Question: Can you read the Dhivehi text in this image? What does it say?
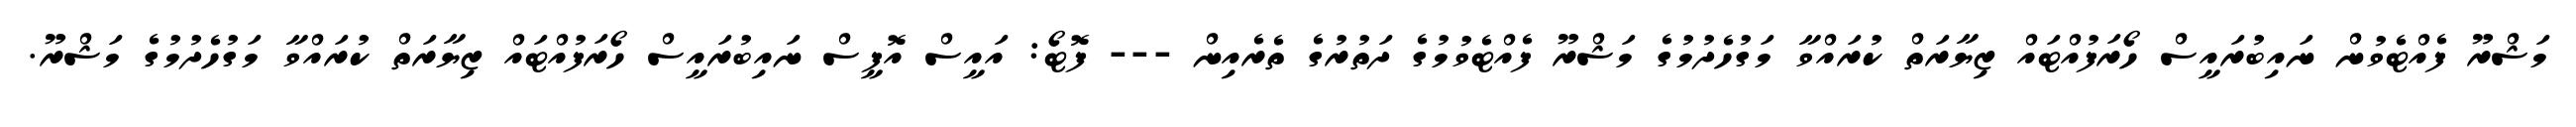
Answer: މަޝްރޫ ފެއްޓެވުން ނައިބުރައީސް ހޯރަފުއްޓައް ޒިޔާރަތް ކުރައްވާ މަގުހެދުމުގެ މަޝްރޫ ފެއްޓެވުމުގެ ދަތުރުގެ ތެރެއިން --- ފޮޓޯ: އައީސް އޮފީސް ނައިބުރައީސް ހޯރަފުއްޓައް ޒިޔާރަތް ކުރައްވާ މަގުހެދުމުގެ މަޝްރޫ.